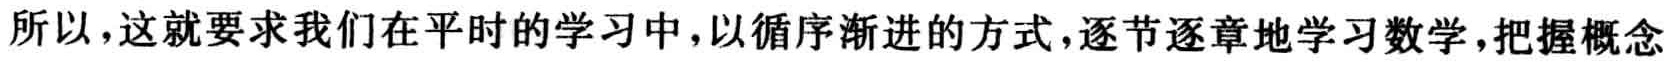
所以，这就要求我们在平时的学习中，以循序渐进的方式，逐节逐章地学习数学，把握概念